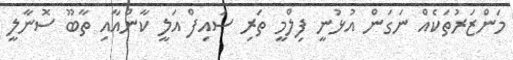
މަންޒަރުތަކެއް ނަގަން އުޅުނީ ފިލްމީ ތަރި ސައިފް އަލީ ކާންއާއި ތާބޫ ސޮނާލީ